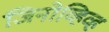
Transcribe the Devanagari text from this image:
जिनोव्हिव्ह